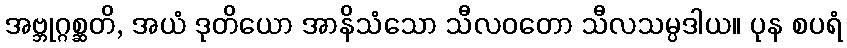
အဗ္ဘုဂ္ဂစ္ဆတိ, အယံ ဒုတိယော အာနိသံသော သီလဝတော သီလသမ္ပဒါယ။ ပုန စပရံ